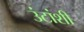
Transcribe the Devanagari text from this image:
उंटांशी